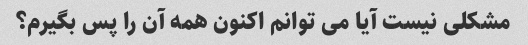
مشکلی نیست آیا می توانم اکنون همه آن را پس بگیرم؟